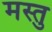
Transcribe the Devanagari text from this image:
मस्तु